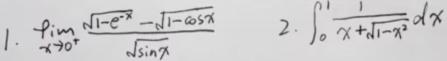
1. $\lim\limits_{x \to 0^{+}}\frac{\sqrt{1 - e^{-x}} - \sqrt{1 - \cos x}}{\sqrt{\sin x}}$
2. $\int_{0}^{1}\frac{1}{x + \sqrt{1 - x^{2}}}dx$